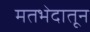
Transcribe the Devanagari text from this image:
मतभेदातून